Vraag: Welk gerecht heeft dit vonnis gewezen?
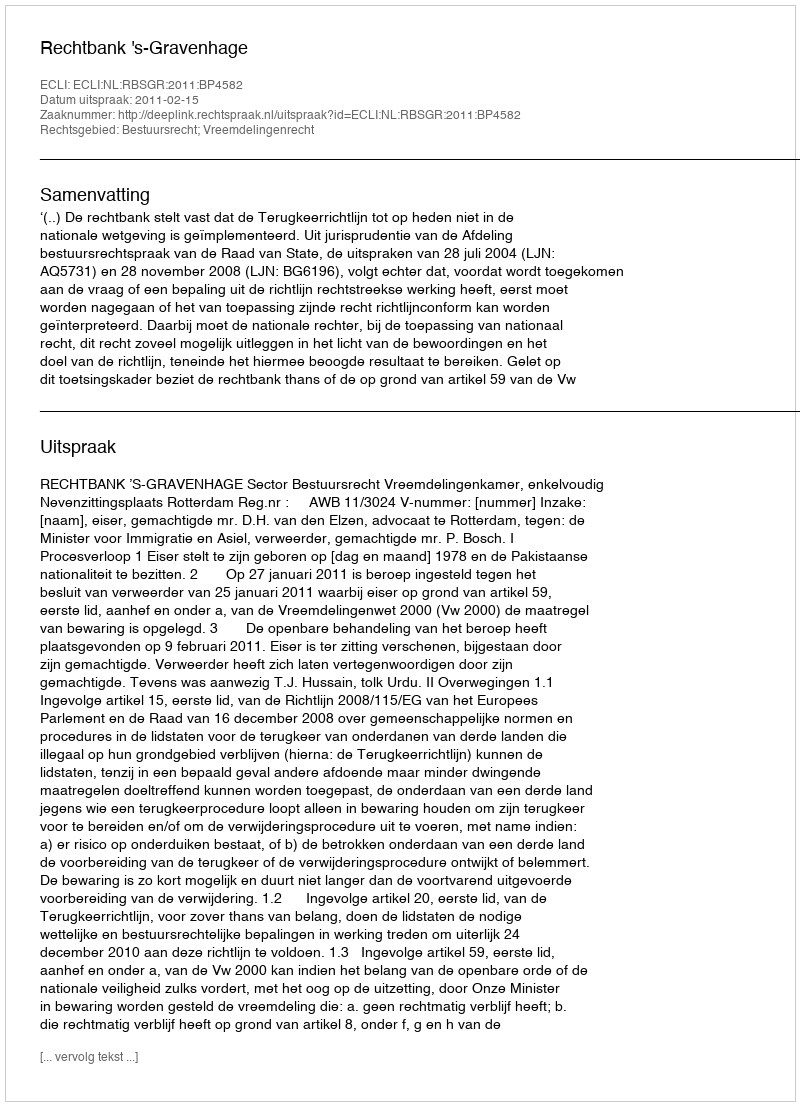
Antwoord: Rechtbank 's-Gravenhage